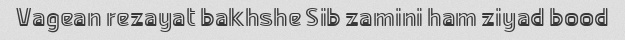
Vagean rezayat bakhshe Sib zamini ham ziyad bood